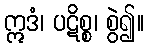
ဣဒံ၊ ပဋိစ္စ၊ စွဲ၍။